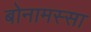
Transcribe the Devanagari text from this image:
बोनामस्सा